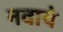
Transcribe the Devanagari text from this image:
नवाये